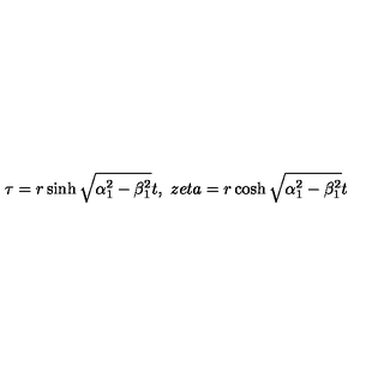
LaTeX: \tau = r \sinh \sqrt { \alpha _ { 1 } ^ { 2 } - \beta _ { 1 } ^ { 2 } } t , \ z e t a = r \cosh \sqrt { \alpha _ { 1 } ^ { 2 } - \beta _ { 1 } ^ { 2 } } t